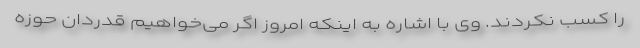
را کسب نکردند. وی با اشاره به اینکه امروز اگر می‌خواهیم قدردان حوزه